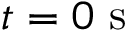
t = 0 ~ \mathrm { s }